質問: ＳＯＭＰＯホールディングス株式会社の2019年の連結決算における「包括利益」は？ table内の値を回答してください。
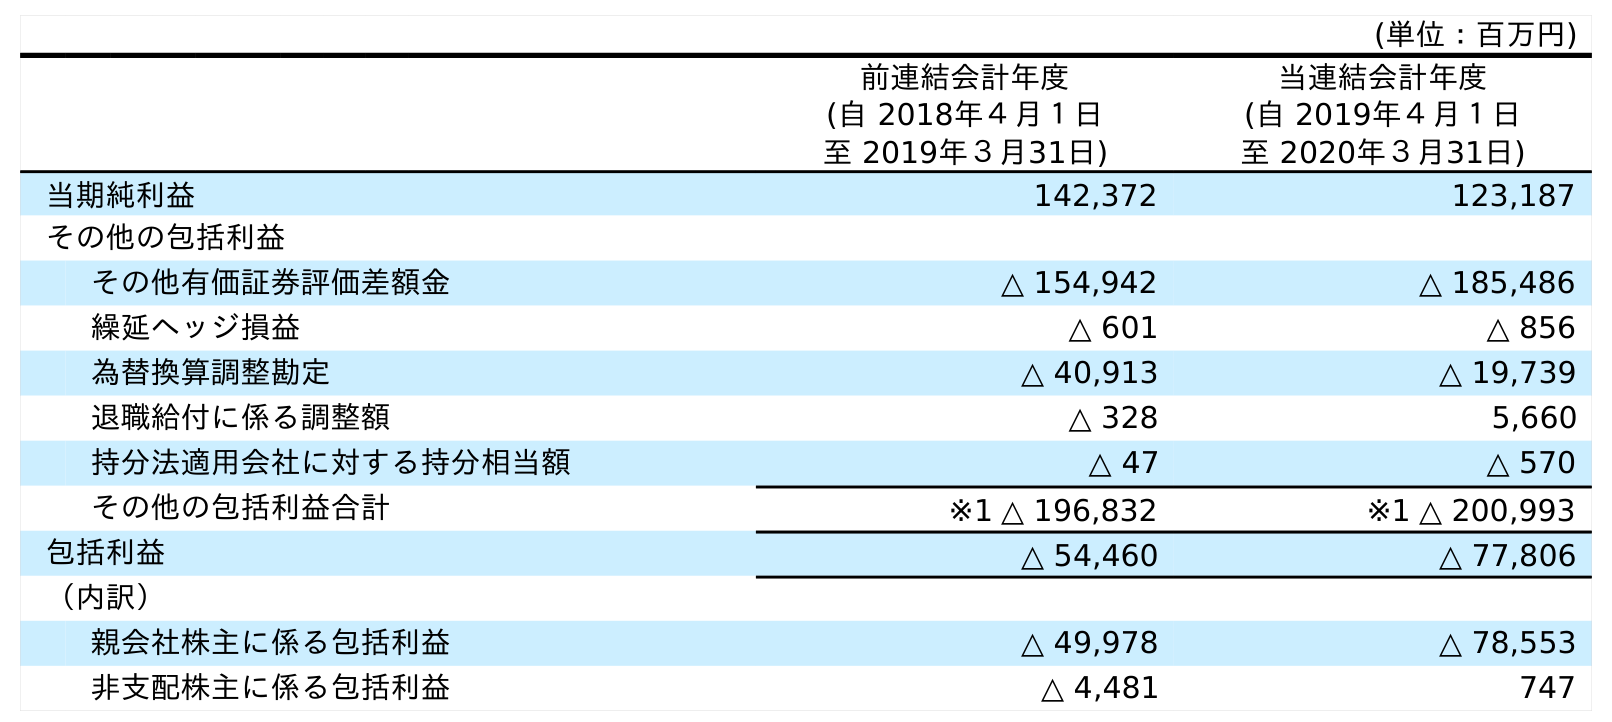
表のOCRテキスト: (単位：百万円) 前連結会計年度 (自 2018年４月１日 至 2019年３月31日) 当連結会計年度 (自 2019年４月１日 至 2020年３月31日) 当期純利益 142,372 123,187 その他の包括利益 その他有価証券評価差額金 △ 154,942 △ 185,486 繰延ヘッジ損益 △ 601 △ 856 為替換算調整勘定 △ 40,913 △ 19,739 退職給付に係る調整額 △ 328 5,660 持分法適用会社に対する持分相当額 △ 47 △ 570 その他の包括利益合計 ※1 △ 196,832 ※1 △ 200,993 包括利益 △ 54,460 △ 77,806 （内訳） 親会社株主に係る包括利益 △ 49,978 △ 78,553 非支配株主に係る包括利益 △ 4,481 747
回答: △54,460